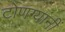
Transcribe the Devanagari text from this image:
टोणग्यांनीं